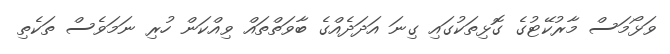
ވަޅޯމަސް މާރުކޭޓުގެ ގޮޅިތަކުގައި ގިނަ އަދަދެއްގެ ބާވަތްތައް ވިއްކަން ހުރި ނަމަވެސް ތަކެތި